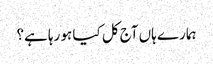
ہمارے ہاں آج کل کیا ہو رہا ہے؟